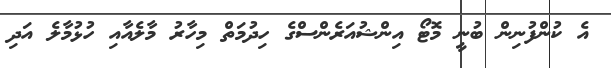
އެ ކުންފުނިން ބުނީ މޮޓޯ އިންޝުއަރެންސްގެ ހިދުމަތް މިހާރު މާލެއާއި ހުޅުމާލެ އަދި